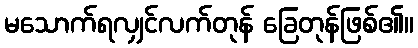
မသောက်ရလျှင်လက်တုန် ခြေတုန်ဖြစ်၏။